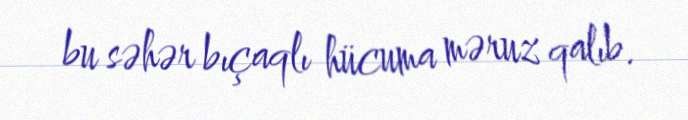
bu səhər bıçaqlı hücuma məruz qalıb.